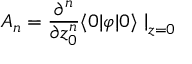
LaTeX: A _ { n } = { \frac { \partial ^ { n } } { \partial z _ { 0 } ^ { n } } } \langle 0 | \varphi | 0 \rangle \left. \right| _ { z = 0 }